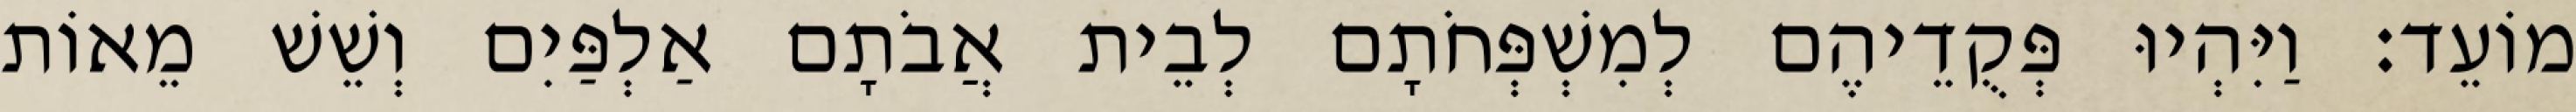
מוֹעֵד׃ וַיִּהְיוּ פְּקֻדֵיהֶם לְמִשְׁפְּחֹתָם לְבֵית אֲבֹתָם אַלְפַּיִם וְשֵׁשׁ מֵאוֹת